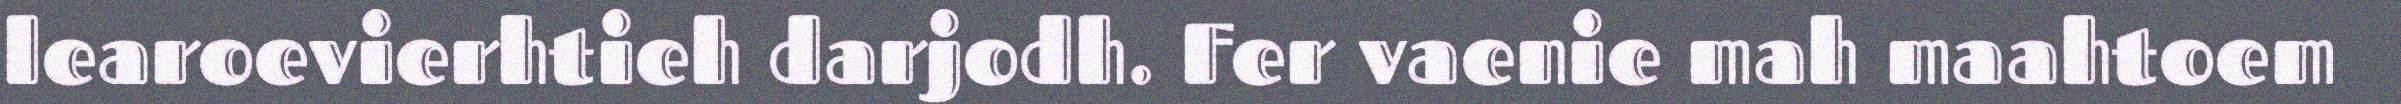
learoevierhtieh darjodh. Fer vaenie mah maahtoem